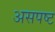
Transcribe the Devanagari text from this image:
असपष्ट